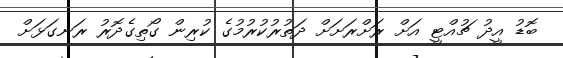
ބޮޑު އީދު ޗުއްޓީ އަށް ރަށްރަށަށް ދަތުރުކުރުމުގެ ކުރިން ގޯތިގެދޮރު ރަނގަޅަށް